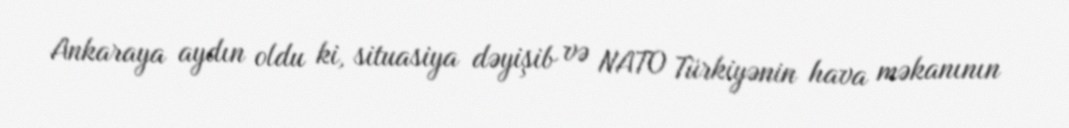
Ankaraya aydın oldu ki, situasiya dəyişib və NATO Türkiyənin hava məkanının